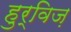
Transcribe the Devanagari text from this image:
हुर्विज़